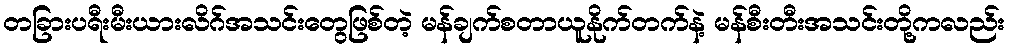
တခြားပရီးမီးယားလိဂ်အသင်းတွေဖြစ်တဲ့ မန်ချက်စတာယူနိုက်တက်နဲ့ မန်စီးတီးအသင်းတို့ကလည်း